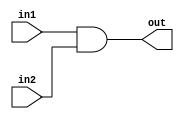
module  AND32Bit(out, in1, in2);
  input [31:0]  in1, in2;
  output  [31:0]  out;
  assign  {out} = in1 & in2;
endmodule

module  AND32TestBench;
  reg [31:0]  in1, in2;
  wire  [31:0]  out;
  AND32Bit  ANDGate(out, in1, in2);
  initial begin
    $monitor($time, " Input1 = %b, Input2 = %b, Output = %b.", in1, in2, out);
    #0  in1 =  32'hA5A5;  in2 = 32'h5A5A;
    #100  in1 = 32'h5A5A;
    #200  $finish;
  end
endmodule